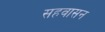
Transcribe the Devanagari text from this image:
सहवासन